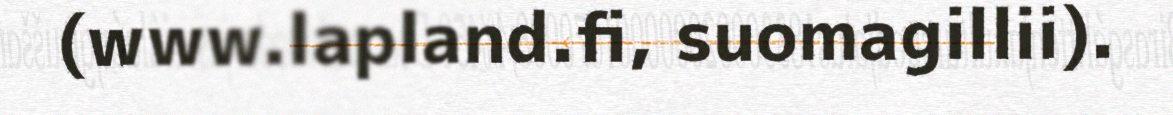
(www.lapland.fi, suomagillii).